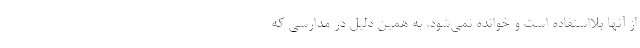
از آنها بلااستفاده است و خوانده نمی‌شود. به همین دلیل در مدارسی که